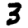
Digit: 3